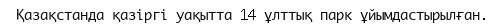
Қазақстанда қазіргі уақытта 14 ұлттық парк ұйымдастырылған.